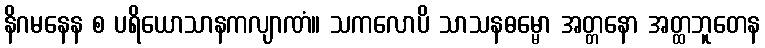
နိဂမနေန စ ပရိယောသာနကလျာဏံ။ သကလောပိ သာသနဓမ္မော အတ္တနော အတ္ထဘူတေန